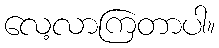
လေ့လာကြတာပါ။